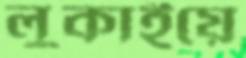
লুকাইয়ে